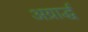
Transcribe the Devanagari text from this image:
अग्रार्द्ध